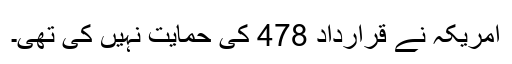
امریکہ نے قرارداد 478 کی حمایت نہیں کی تھی۔